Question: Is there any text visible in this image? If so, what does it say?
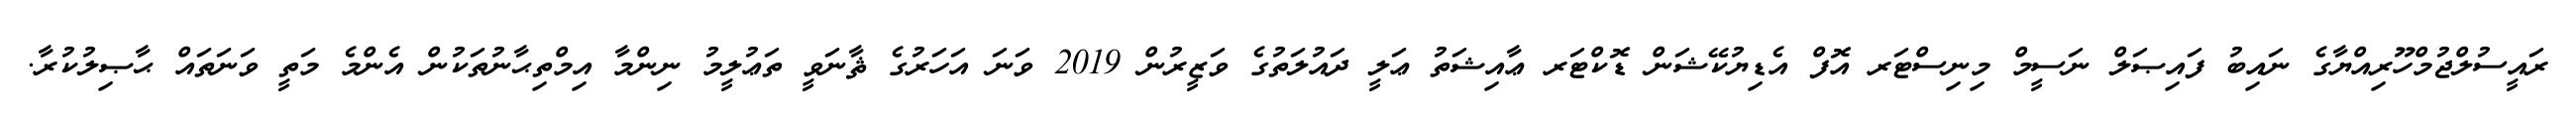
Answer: ރައީސުލްޖުމްހޫރިއްޔާގެ ނައިބު ފައިޞަލް ނަސީމް މިނިސްޓަރ އޮފް އެޑިޔުކޭޝަން ޑޮކްޓަރ ޢާއިޝަތު ޢަލީ ދައުލަތުގެ ވަޒީރުން 2019 ވަނަ އަހަރުގެ ޘާނަވީ ތަޢުލީމު ނިންމާ އިމްތިޙާނުތަކުން އެންމެ މަތީ ވަނަތައް ޙާޞިލުކުރާ.